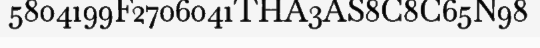
5804199F2706041THA3AS8C8C65N98